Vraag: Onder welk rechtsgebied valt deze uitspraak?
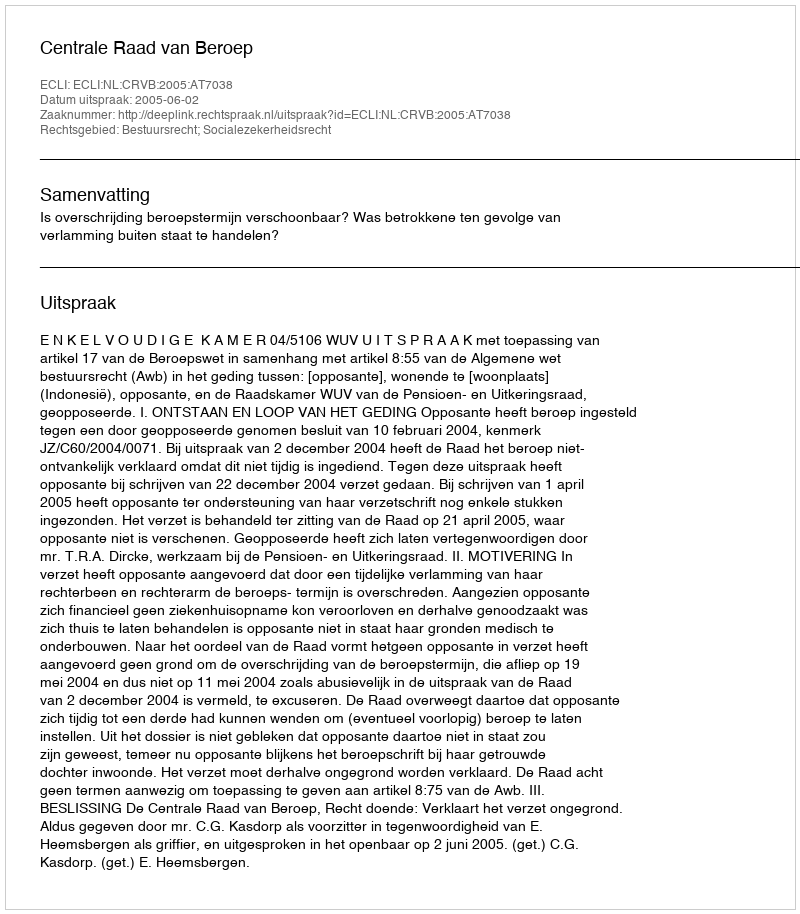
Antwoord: Bestuursrecht; Socialezekerheidsrecht